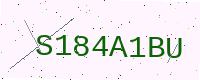
Text: S184A1BU